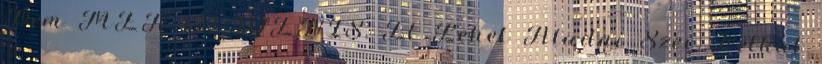
Nem MEN 122 IGENIS, El Lehet Aludni Szex Nelkul